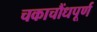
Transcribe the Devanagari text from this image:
चकाचौंधपूर्ण